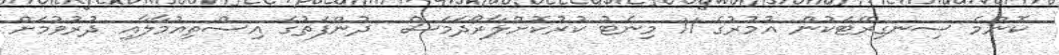
ކޮންމެ ސިނގިރޭޓަކުން އުމުރުގެ 11 މިނެޓު ކުރުކޮށްލާރޯދަމަސް  ދުންފަތުގެ އިސްތިއުމާލާއި ދުރުވުމަށް